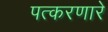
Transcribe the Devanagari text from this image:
पत्करणारे